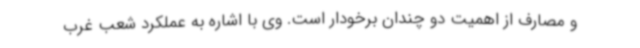
و مصارف از اهمیت دو چندان برخودار است. وی با اشاره به عملکرد شعب غرب